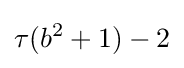
\tau (b^{2}+1)-2